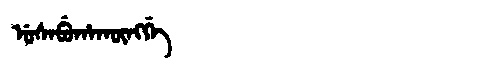
Manchu: ᡠᠰᠠᠪᡠᡥᠠᡴᡡᠩᡤᡝ
Romanization: USABUHAKŪNGGE